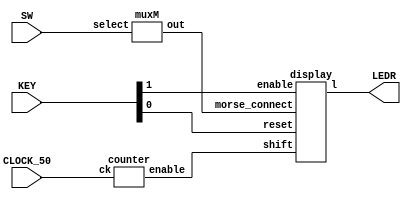
module lab5p3(SW,KEY,CLOCK_50,LEDR);
input [2:0]SW;
input CLOCK_50;
input [1:0]KEY;
output[0:0]LEDR;
wire [10:0]morse;
wire shift;

counter u2(.ck(CLOCK_50),.enable(shift));
muxM u0(.select(SW),.out(morse));
display u1(.morse_connect(morse),.reset(KEY[0]),.shift(shift),.enable(KEY[1]),.l(LEDR[0]));
endmodule

module counter(ck,enable);
input ck;
output enable;
reg [25:0]count;

always@(posedge ck)
begin
if(enable)
count<=26'd0;
else
count<=count+1'b1;
end
assign enable=(count==26'd25000000)?1'b1:1'b0;
endmodule


module muxM(select,out);
input [2:0]select;
output reg [10:0]out;
always@(*)
begin 
case(select[2:0])
3'b000: out=11'b10111000000; //A
3'b001: out=11'b11101010100; //B
3'b010: out=11'b11101011101; //C
3'b011: out=11'b11101010000; //D
3'b100: out=11'b10000000000; //E
3'b101: out=11'b10101110100; //F
3'b110: out=11'b11101110100; //G
3'b111: out=11'b10101010000; //H
endcase
end
endmodule

module display(morse_connect,reset,shift,enable,l);
input shift;
input reset;
input [10:0]morse_connect;
input enable;
output l;
reg [10:0]morsecode;

always @(posedge shift)
if(!reset)
morsecode<=0;
else if(enable)
morsecode<=morse_connect;
else if(!enable)
morsecode<=morsecode<<1;

assign l=morsecode[10];
endmodule